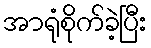
အာရုံစိုက်ခဲ့ပြီး